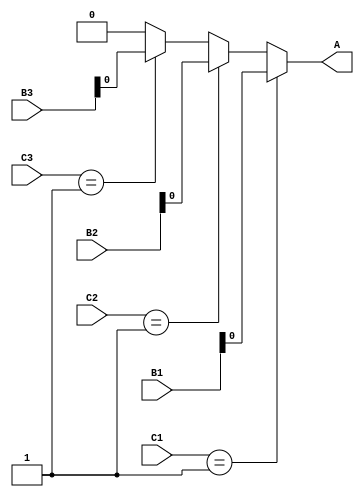
module system_3(
    output reg A,
  input wire [1:0] B1, B2, B3, C1, C2, C3
);
  always @(B1, B2, B3, C1, C2, C3) begin
    	if (C1 == 2'b01)
            A = B1;
    	else if (C2 == 2'b01)
            A = B2;
    	else if (C3 == 2'b01)
        	A = B3;
      	else
            A = 1'b00;
    end
endmodule